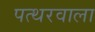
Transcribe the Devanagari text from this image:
पत्थरवाला